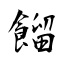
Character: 餾